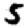
Digit: 5